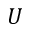
U